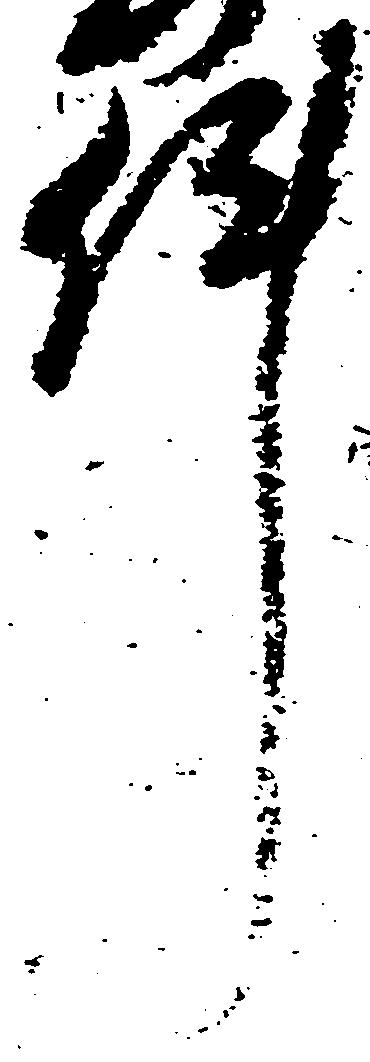
件